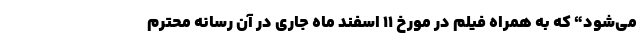
می‌شود“ که به همراه فیلم در مورخ ۱۱ اسفند ماه جاری در آن رسانه محترم